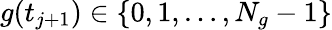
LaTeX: g(t_{j+1})\in\{ 0,1,\ldots,N_{g}-1\}